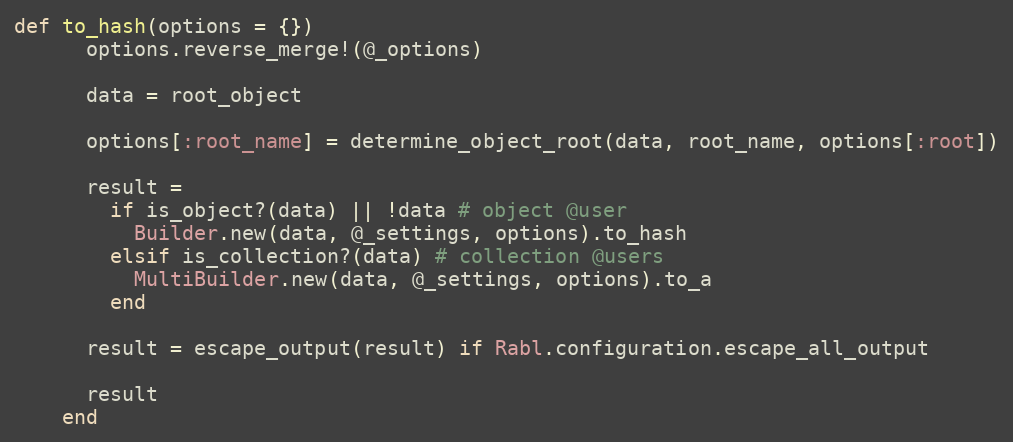
Language: Ruby
def to_hash(options = {})
      options.reverse_merge!(@_options)

      data = root_object

      options[:root_name] = determine_object_root(data, root_name, options[:root])

      result =
        if is_object?(data) || !data # object @user
          Builder.new(data, @_settings, options).to_hash
        elsif is_collection?(data) # collection @users
          MultiBuilder.new(data, @_settings, options).to_a
        end

      result = escape_output(result) if Rabl.configuration.escape_all_output

      result
    end